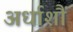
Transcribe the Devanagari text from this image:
अर्धाशौं